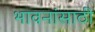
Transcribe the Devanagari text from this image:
भावनांसाठी